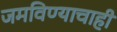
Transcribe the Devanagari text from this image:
जमविण्याचाही